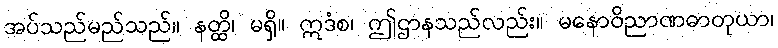
အပ်သည်မည်သည်။ နတ္ထိ၊ မရှိ။ ဣဒံစ၊ ဤဌာနသည်လည်း။ မနောဝိညာဏဓာတုယာ၊